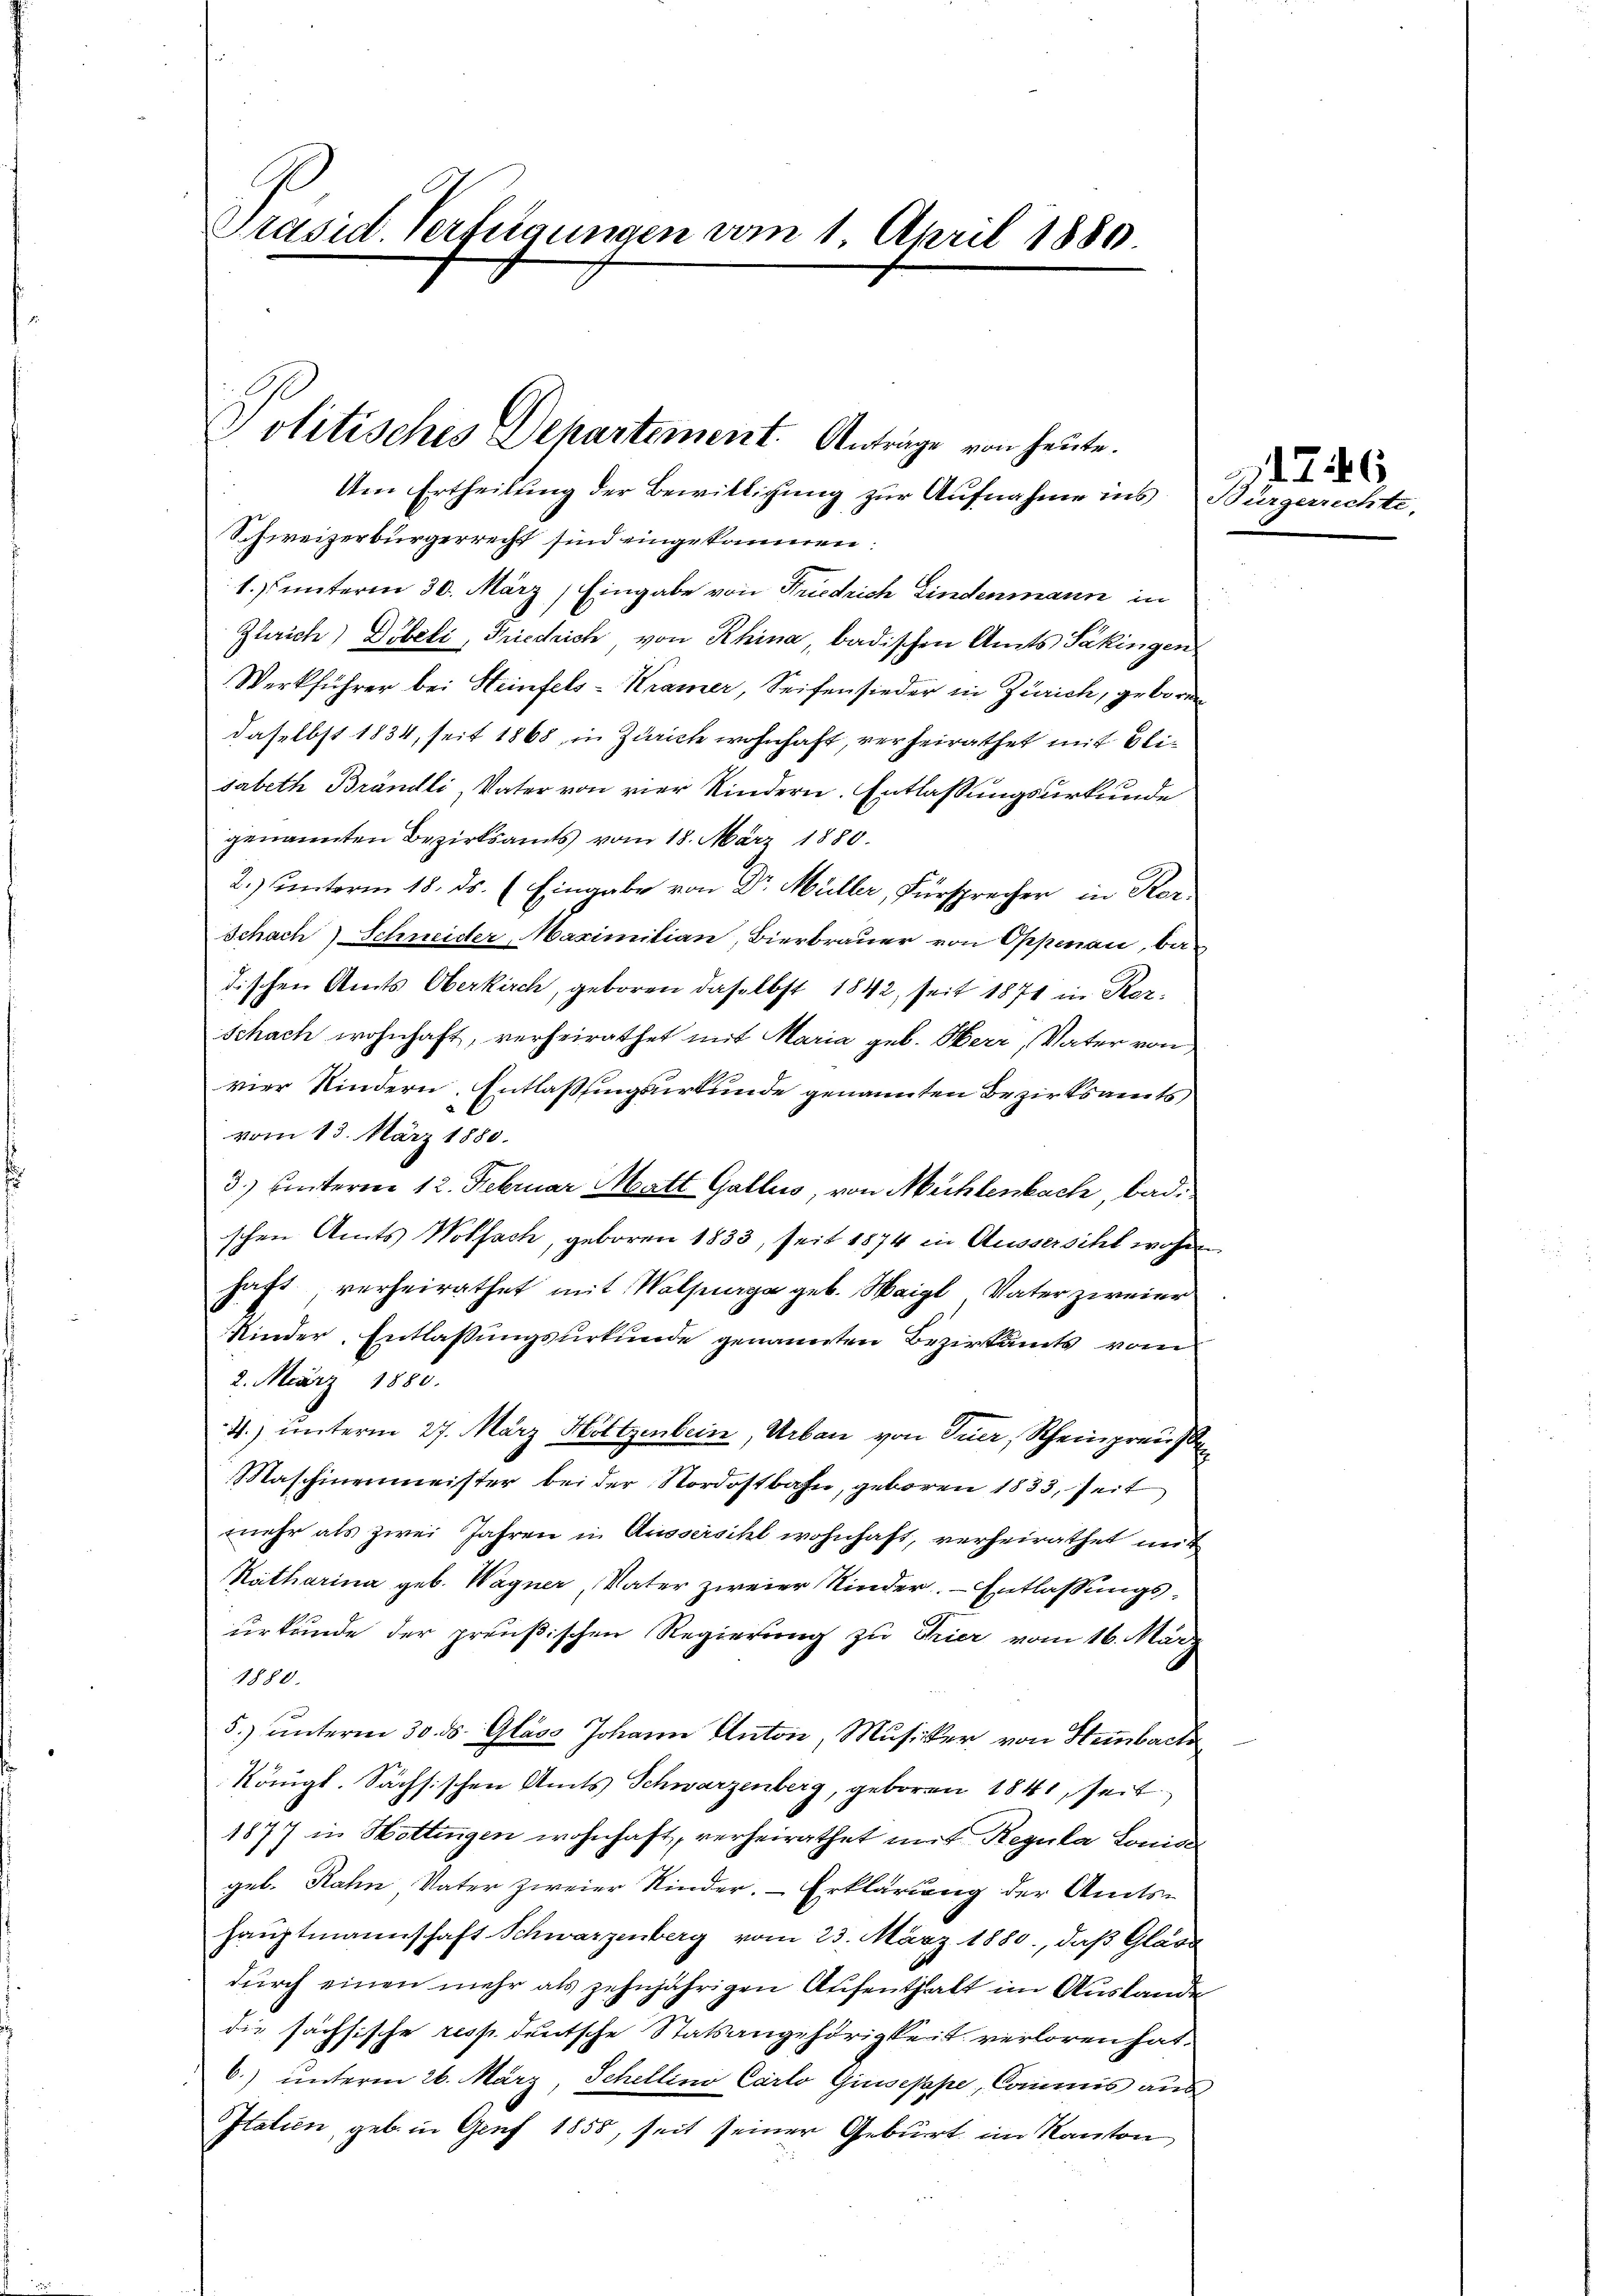
Präsid. Verfügungen vom 1. April 1880.

Politisches Departement. Anträge von heute.

Um Ertheilung der Bewilligung zur Aufnahme ins Bürgerrechte,
Schweizerbürgerrecht sind eingekommen:
1. unterm 30. März) Eingabe von Friedrich Lindenmann in
Zürich) Döbeli, Friedrich von Rhina, badischen Amts Säkingen
Werkführer bei Heinfels-Kramer, Seifensieder in Zürich, geboren
daselbst 1834, seit 1868 in Zürich wohnhaft, verheirathet mit Blisabeth Brändli, Vater von vier Kindern. Entlassungsurkunde
genannten Bezirksamts vom 18. März 1880.
2.) unterm 18. ds. (Eingabe von Dr. Müller, Fürsprecher in Rer.
Schach) Schneider Maximilian, Bierbrauer von Oppenau, ba
dischen Amts Oberkirch, geboren daselbst 1842, seit 1871 in Ker¬
Schach wohnhaft, verheirathet mit Maria geb. Herr, Vater von
vier Kindern. Entlassungsurkunde genannten Bezirksamts
vom 13. März 1880.
3) unterm 12. Februar Matt Gallis, von Mühlenbach, badschen Amts Wolfach, geboren 1833, seit 1874 in Aussersicht wohn
haft, verheirathet mit Walpurg geb. Weigl, Vater zweier
Kinder Entlassungsurkunde genannten Bezirksamts vom
2. März 1800.
4.) unterm 27. März Holtzenbein, Urban von Trier, Scheinpreus
Maschinenmeister bei der Nordostbahn, geboren 1833, seit
mehr als zwei Jahren in Aussersihl wohnhaft, verheirathet mit
Katharina geb. Wagner, Vater zweier Kinder. Entlassungsurkunde der preußischen Regierung zu Trier vom 16. März
1880.
5.) unterm 30. ds. Glase Johann Anton, Musiker von Steinbach
Königl. Sachsischen Amts Schwarzenberg, geboren 1841, seit
1877 in Hottingen wohnhaft, verheirathet mit Regula Louises
geb. Rahn Vater zweier Kinder. – Erklärung der Amtshauptmannschaft Schwarzenberg vom 23. März 1880, daß Glase
dŭrch einen mehr als zehnjährigen Aŭfenthalt im Auslande
die sächsische resp. deutsche Statsangehörigkeit verloren hat.
6.) unterm 26. März, Schellino Carlo Giuseppe, Commis aus
Italien, geb. in Genf 1855, seit seiner Geburt im Kanton

746